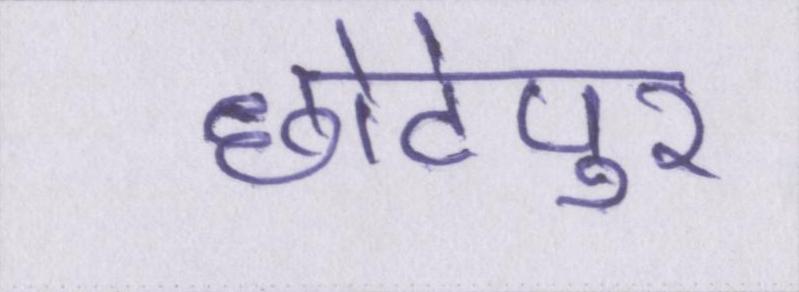
छोटेपुर